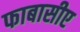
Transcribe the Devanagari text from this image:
फाबासीए